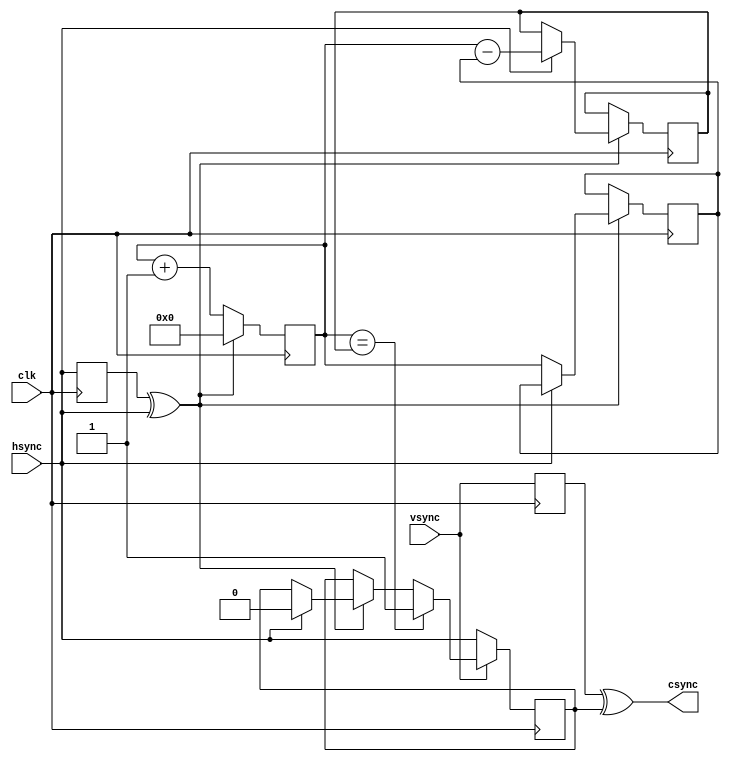
module csync
(
	input  clk,
	input  hsync,
	input  vsync,

	output csync
);

//POSITIVE SYNCS!!

assign csync = (csync_vs ^ csync_hs);

reg csync_hs, csync_vs;
reg prev_hs;
reg [15:0] h_cnt, line_len, hs_len;

always @(negedge clk) begin
	// Count line/Hsync length
	h_cnt <= h_cnt + 1'd1;

	prev_hs <= hsync;
	if (prev_hs ^ hsync) begin
		h_cnt <= 0;
		if (hsync) begin
			line_len <= h_cnt - hs_len;
			csync_hs <= 0;
		end
		else hs_len <= h_cnt;
	end
	
	if (~vsync) csync_hs <= hsync;
	else if(h_cnt == line_len) csync_hs <= 1;
	
	csync_vs <= vsync;
end

endmodule